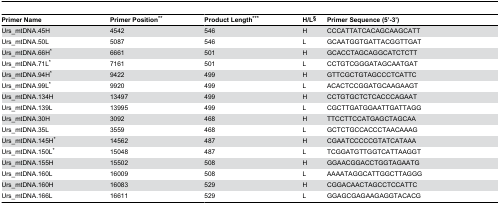
<table><thead><tr><td><b>Primer Name</b></td><td><b>Primer Position**</b></td><td><b>Product Length***</b></td><td><b>H/L§</b></td><td><b>Primer Sequence (5’-3’)</b></td></tr></thead><tbody><tr><td>Urs_mtDNA.45H</td><td>4542</td><td>546</td><td>H</td><td>CCCATTATCACAGCAAGCATT</td></tr><tr><td>Urs_mtDNA.50L</td><td>5087</td><td>546</td><td>L</td><td>GCAATGGTGATTACGGTTGAT</td></tr><tr><td>Urs_mtDNA.66H*</td><td>6661</td><td>501</td><td>H</td><td>GCACCTAGCAGGCATCTCTT</td></tr><tr><td>Urs_mtDNA.71L*</td><td>7161</td><td>501</td><td>L</td><td>CCTGTCGGGATAGCAATGAT</td></tr><tr><td>Urs_mtDNA.94H*</td><td>9422</td><td>499</td><td>H</td><td>GTTCGCTGTAGCCCTCATTC</td></tr><tr><td>Urs_mtDNA.99L*</td><td>9920</td><td>499</td><td>L</td><td>ACACTCCGGATGCAAGAAGT</td></tr><tr><td>Urs_mtDNA.134H</td><td>13497</td><td>499</td><td>H</td><td>CCTGTGCTCTCACCCAGAAT</td></tr><tr><td>Urs_mtDNA.139L</td><td>13995</td><td>499</td><td>L</td><td>CGCTTGATGGAATTGATTAGG</td></tr><tr><td>Urs_mtDNA.30H</td><td>3092</td><td>468</td><td>H</td><td>TTCCTTCCATGAGCTAGCAA</td></tr><tr><td>Urs_mtDNA.35L</td><td>3559</td><td>468</td><td>L</td><td>GCTCTGCCACCCTAACAAAG</td></tr><tr><td>Urs_mtDNA.145H*</td><td>14562</td><td>487</td><td>H</td><td>CGAATCCCCCGTATCATAAA</td></tr><tr><td>Urs_mtDNA.150L*</td><td>15048</td><td>487</td><td>L</td><td>TCGGATGTTGGTCATTAAGGT</td></tr><tr><td>Urs_mtDNA.155H</td><td>15502</td><td>508</td><td>H</td><td>GGAACGGACCTGGTAGAATG</td></tr><tr><td>Urs_mtDNA.160L</td><td>16009</td><td>508</td><td>L</td><td>AAAATAGGCATTGGCTTAGGG</td></tr><tr><td>Urs_mtDNA.160H</td><td>16083</td><td>529</td><td>H</td><td>CGGACAACTAGCCTCCATTC</td></tr><tr><td>Urs_mtDNA.166L</td><td>16611</td><td>529</td><td>L</td><td>GGAGCGAGAAGAGGTACACG</td></tr></tbody></table>